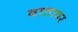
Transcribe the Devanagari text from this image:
वातावर